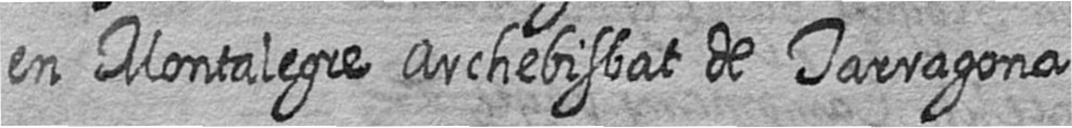
en Montalegre Archebisbat de Tarragona